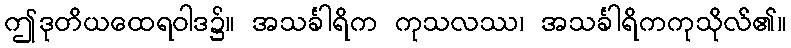
ဤဒုတိယထေရဝါဒ၌။ အသင်္ခါရိက ကုသလဿ၊ အသင်္ခါရိကကုသိုလ်၏။